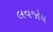
લવજોય